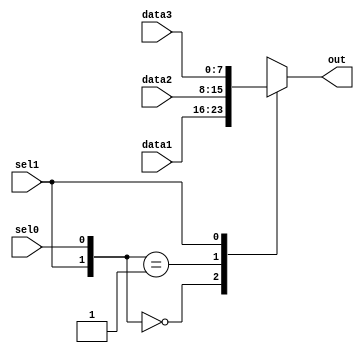
`timescale 1ns / 1ps
//////////////////////////////////////////////////////////////////////////////////
// Company: 
// Engineer: 
// 
// Design Name: 
// Module Name: mux3
// Project Name: 
// Target Devices: 
// Tool Versions: 
// Description: 
// 
// Dependencies: 
// 
// Revision:
// Revision 0.01 - File Created
// Additional Comments:
// 
//////////////////////////////////////////////////////////////////////////////////


module mux3(
    input [7:0] data1, //don't forward data
    input [7:0] data2, //forward data
    input [7:0] data3, //shamt data
    input sel1, //shamt select line
    input sel0, //forward select line
    output reg [7:0] out
    );
    
    wire [1:0] sel;
    assign sel = {sel1, sel0};
    
    always@(data1 or data2 or data3 or sel)
    begin
    casex(sel)
    2'b00 : out <= data1;
    2'b01 : out <= data2;
    2'b1x : out <= data3;
    endcase
    end
    
endmodule